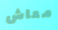
معاش